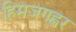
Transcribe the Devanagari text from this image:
हिमजगह्वर